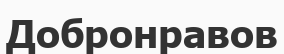
Добронравов